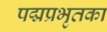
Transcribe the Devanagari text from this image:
पद्मप्रभृतका